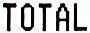
TOTAL